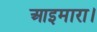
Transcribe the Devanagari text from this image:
आइमारा।